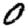
Digit: 0